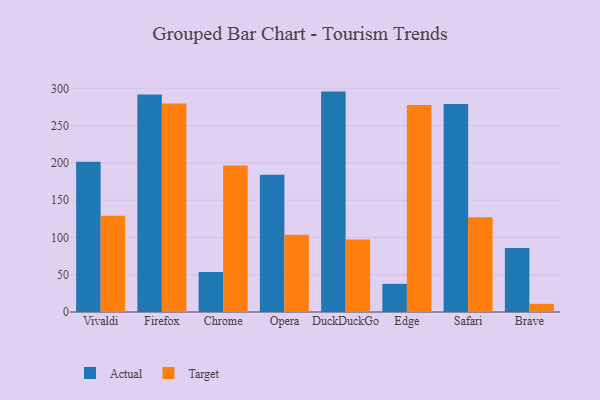
{"axis": {"x": "Browser", "y": "Conversion Rate (%)"}, "legend": ["Actual", "Target"], "data": [{"x": "Vivaldi", "y": 201.4, "type": "Actual"}, {"x": "Vivaldi", "y": 129.2, "type": "Target"}, {"x": "Firefox", "y": 291.8, "type": "Actual"}, {"x": "Firefox", "y": 279.6, "type": "Target"}, {"x": "Chrome", "y": 53.8, "type": "Actual"}, {"x": "Chrome", "y": 196.6, "type": "Target"}, {"x": "Opera", "y": 184.0, "type": "Actual"}, {"x": "Opera", "y": 103.5, "type": "Target"}, {"x": "DuckDuckGo", "y": 295.6, "type": "Actual"}, {"x": "DuckDuckGo", "y": 97.3, "type": "Target"}, {"x": "Edge", "y": 37.7, "type": "Actual"}, {"x": "Edge", "y": 277.6, "type": "Target"}, {"x": "Safari", "y": 279.1, "type": "Actual"}, {"x": "Safari", "y": 127.1, "type": "Target"}, {"x": "Brave", "y": 86.0, "type": "Actual"}, {"x": "Brave", "y": 10.9, "type": "Target"}]}